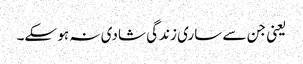
یعنی جن سے ساری زندگی شادی نہ ہو سکے۔